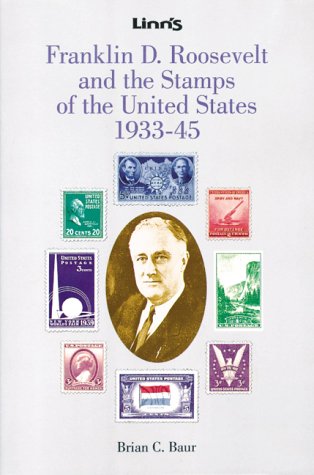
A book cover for Franklin D. Roosevelt and the Stamps of the United States 1933-45; Brian C. Baur; Crafts, Hobbies & Home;